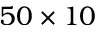
5 0 \times 1 0